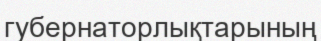
губернаторлықтарының